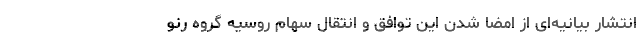
انتشار بیانیه‌ای از امضا شدن این توافق و انتقال سهام روسیه گروه رنو